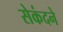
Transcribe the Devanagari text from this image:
सेकंदने